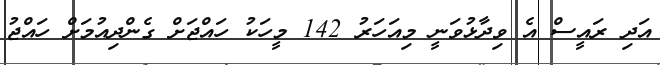
އަދި ރައީސް އެ ވިދާޅުވަނީ މިއަހަރު 142 މީހަކު ހައްޖަށް ގެންދިއުމަށް ހައްޖު